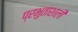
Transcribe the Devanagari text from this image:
प्रभुताशाली